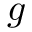
g